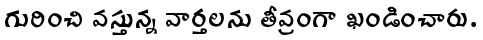
గురించి వస్తున్న వార్తలను తీవ్రంగా ఖండించారు.